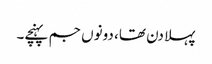
پہلا دن تھا، دونوں جم پہنچے۔